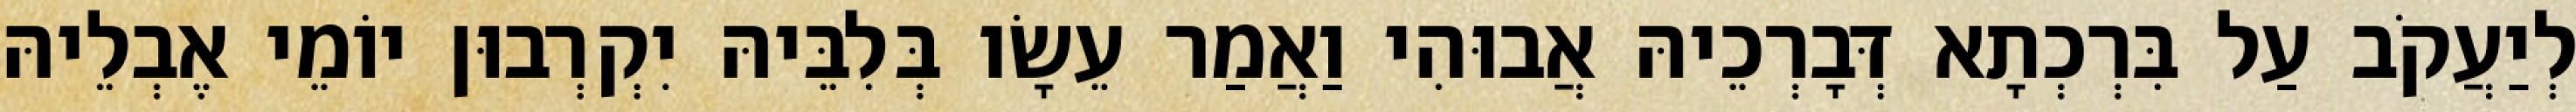
לְיַעֲקֹב עַל בִּרְכְתָא דְּבָרְכֵיהּ אֲבוּהִי וַאֲמַר עֵשָׂו בְּלִבֵּיהּ יִקְרְבוּן יוֹמֵי אֶבְלֵיהּ